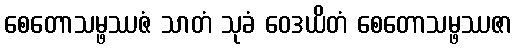
စေတောသမ္ဖဿဇံ သာတံ သုခံ ဝေဒယိတံ စေတောသမ္ဖဿဇာ